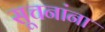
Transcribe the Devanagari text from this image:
सूचनांना